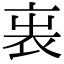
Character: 𧘫